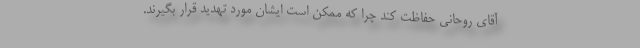
آقای روحانی حفاظت کند چرا که ممکن است ایشان مورد تهدید قرار بگیرند.